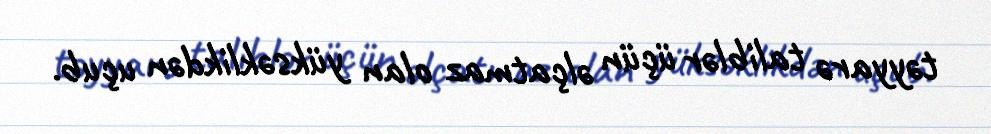
təyyarə taliblər üçün əlçatmaz olan yüksəklikdən uçub.